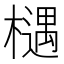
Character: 𣜛